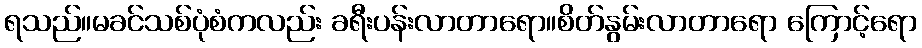
ရသည်။မခင်သစ်ပုံစံကလည်း ခရီးပန်းလာတာရော။စိတ်နွမ်းလာတာရော ကြောင့်ရော